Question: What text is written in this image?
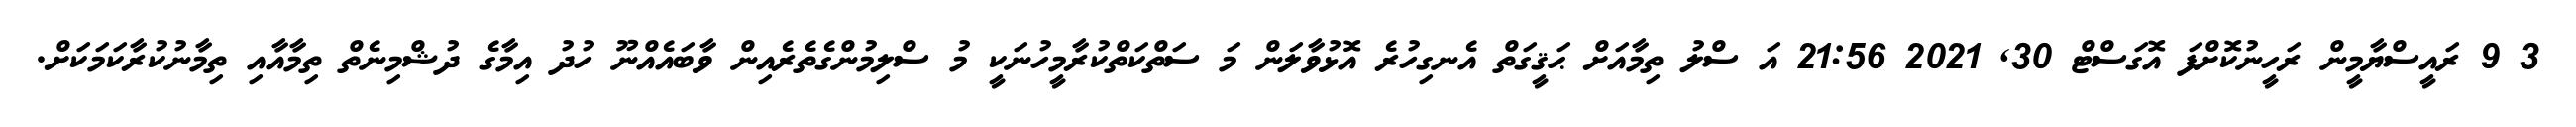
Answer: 3 9 ރައީސްޔާމީން ރަހީނުކޮށްފަ އޮގަސްޓް 30, 2021 21:56 އަ ސްލު ތިމާއަށް ޙަޤީގަތް އެނގިހުރެ އޮޅުވާލަން މަ ސަތްކަތްކުރާމީހުނަކީ މު ސްލިމުންގެތެރެއިން ވާބައެއްނޫ ހުދު އިމާގެ ދުޝްމިނެތް ތިމާއާއި ތިމާނުކުރާކަމަކަށް.